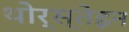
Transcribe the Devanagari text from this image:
थोर्स्तेइन